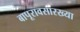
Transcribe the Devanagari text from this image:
बापूरावसारख्या